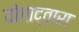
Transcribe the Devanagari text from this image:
योगाद्वारा